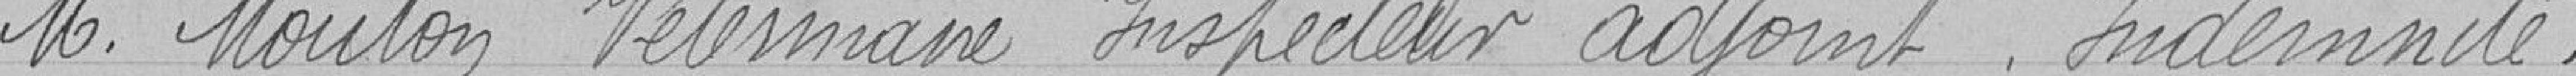
Monsieur MOUTON.  Vétérinaire    Inspecteur adjoint    Indemnités